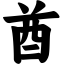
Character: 酋